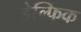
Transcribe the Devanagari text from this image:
डेल्फिक